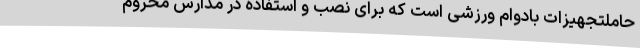
حاملتجهیزات بادوام ورزشی است که برای نصب و استفاده در مدارس محروم